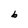
Character: b